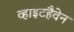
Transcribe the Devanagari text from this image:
व्हाइटहैवेन